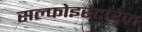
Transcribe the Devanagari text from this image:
सल्फोइस्टारेज़